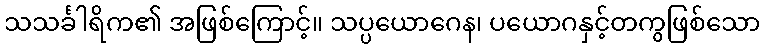
သသင်္ခါရိက၏ အဖြစ်ကြောင့်။ သပ္ပယောဂေန၊ ပယောဂနှင့်တကွဖြစ်သော